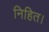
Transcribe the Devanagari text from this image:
निहित।